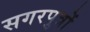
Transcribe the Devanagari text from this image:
सगरपुत्रों